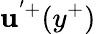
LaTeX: \mathbf{u}^{'+}(y^{+})